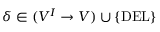
\delta \in ( V ^ { I } \rightarrow V ) \cup \{ \mathrm { D E L } \}